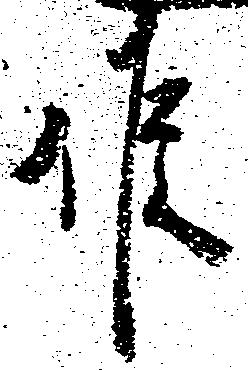
候